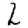
Digit: 2